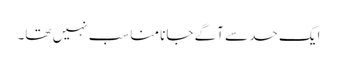
ایک حد سے آگے جانا مناسب نہیں تھا۔